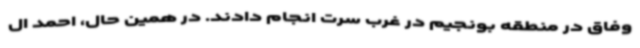
وفاق در منطقه بونجیم در غرب سرت انجام دادند. در همین حال، احمد ال